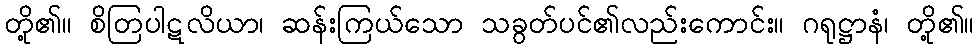
တို့၏။ စိတြပါဋလိယာ၊ ဆန်းကြယ်သော သခွတ်ပင်၏လည်းကောင်း။ ဂရုဋ္ဌာနံ၊ တို့၏။